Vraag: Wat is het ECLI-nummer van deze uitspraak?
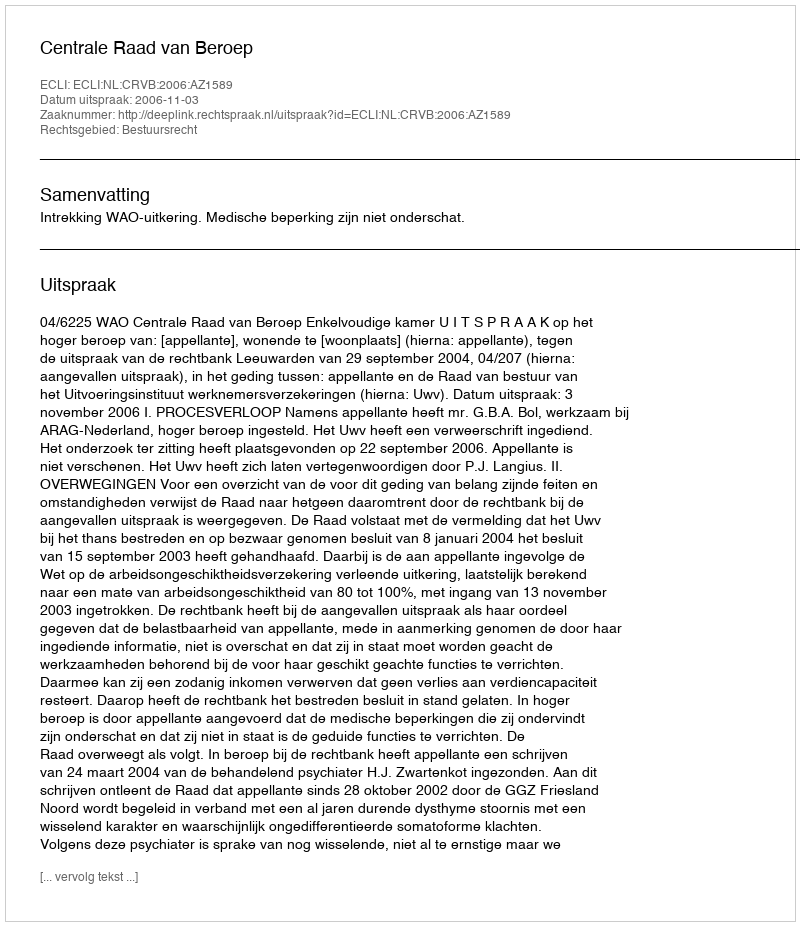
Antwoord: ECLI:NL:CRVB:2006:AZ1589